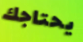
يحتاجك